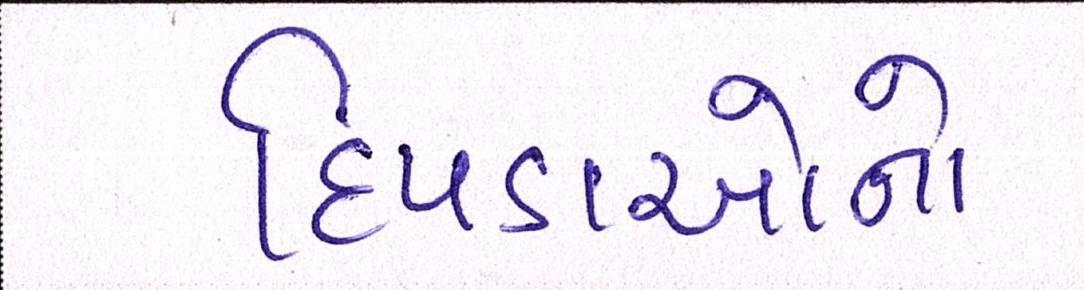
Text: દિપડાઓનો